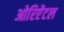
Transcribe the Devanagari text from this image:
ओरिऐंटल